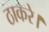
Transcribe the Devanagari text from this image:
ठाकरे।